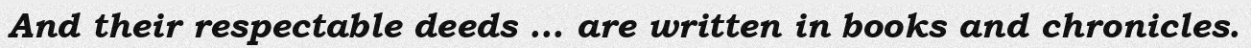
And their respectable deeds ... are written in books and chronicles.